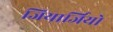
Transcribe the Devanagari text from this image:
जियार्जियो